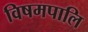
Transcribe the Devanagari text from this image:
विषमपालि